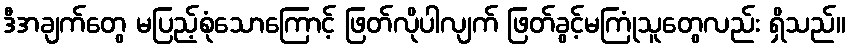
ဒီအချက်တွေ မပြည့်စုံသောကြောင့် ဖြတ်လိုပါလျက် ဖြတ်ခွင့်မကြုံသူတွေလည်း ရှိသည်။